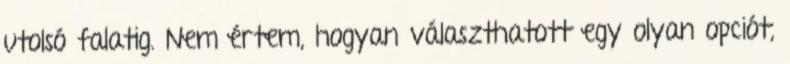
utolsó falatig. Nem értem, hogyan választhatott egy olyan opciót,